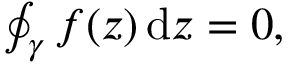
\begin{array} { r } { \oint _ { \gamma } f ( z ) \, \mathrm { d } z = 0 , } \end{array}